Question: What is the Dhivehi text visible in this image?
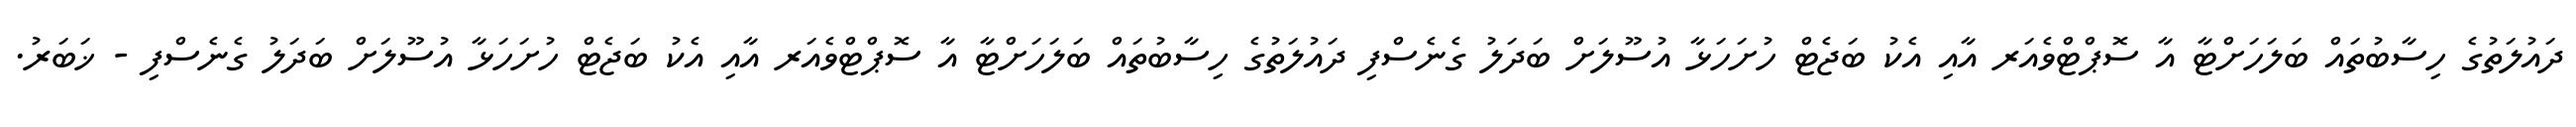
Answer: ދައުލަތުގެ ހިސާބުތައް ބަލަހަށްޓާ އާ ސޮޕްޓްވެއަރ އާއި އެކު ބަޖެޓް ހުށަހަޅާ އުސޫލަށް ބަދަލު ގެނެސްފި ދައުލަތުގެ ހިސާބުތައް ބަލަހަށްޓާ އާ ސޮޕްޓްވެއަރ އާއި އެކު ބަޖެޓް ހުށަހަޅާ އުސޫލަށް ބަދަލު ގެނެސްފި - ޚަބަރު.